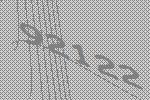
92122